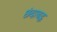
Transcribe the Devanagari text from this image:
छंदाबद्ध